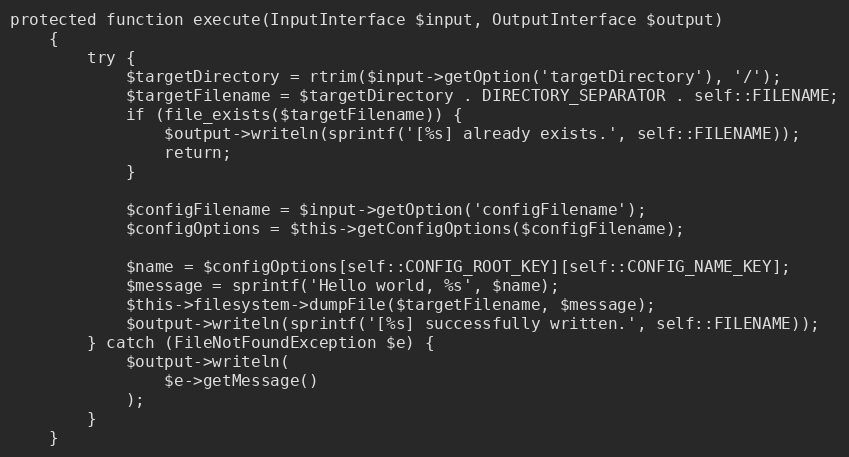
Language: PHP
protected function execute(InputInterface $input, OutputInterface $output)
    {
        try {
            $targetDirectory = rtrim($input->getOption('targetDirectory'), '/');
            $targetFilename = $targetDirectory . DIRECTORY_SEPARATOR . self::FILENAME;
            if (file_exists($targetFilename)) {
                $output->writeln(sprintf('[%s] already exists.', self::FILENAME));
                return;
            }

            $configFilename = $input->getOption('configFilename');
            $configOptions = $this->getConfigOptions($configFilename);

            $name = $configOptions[self::CONFIG_ROOT_KEY][self::CONFIG_NAME_KEY];
            $message = sprintf('Hello world, %s', $name);
            $this->filesystem->dumpFile($targetFilename, $message);
            $output->writeln(sprintf('[%s] successfully written.', self::FILENAME));
        } catch (FileNotFoundException $e) {
            $output->writeln(
                $e->getMessage()
            );
        }
    }